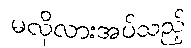
မလိုလားအပ်သည့်